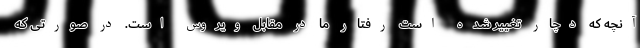
آنچه که دچار تغییر شده است رفتار ما در مقابل ویروس است. در صورتی که